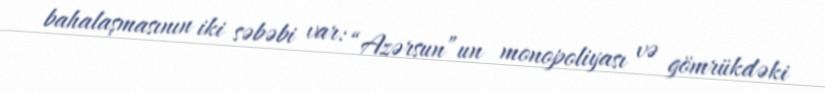
bahalaşmasının iki səbəbi var: “Azərsun”un monopoliyası və gömrükdəki